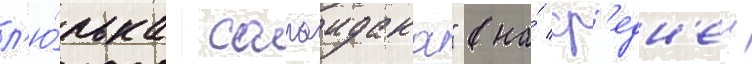
л'ю́лька сагаидака" (на́ ср'едн'еи